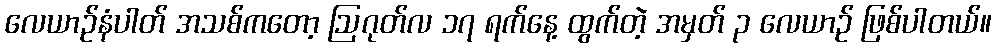
လေယာဉ်နံပါတ် အသစ်ကတော့ ဩဂုတ်လ ၁၇ ရက်နေ့ ထွက်တဲ့ အမှတ် ၃ လေယာဉ် ဖြစ်ပါတယ်။